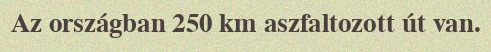
Az országban 250 km aszfaltozott út van.